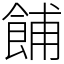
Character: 餔